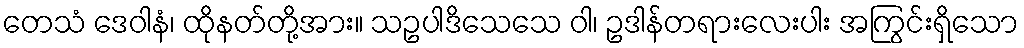
တေသံ ဒေဝါနံ၊ ထိုနတ်တို့အား။ သဥပါဒိသေသေ ဝါ၊ ဥဒါန်တရားလေးပါး အကြွင်းရှိသော